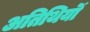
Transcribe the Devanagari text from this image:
अतिथियॊं